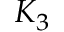
K _ { 3 }